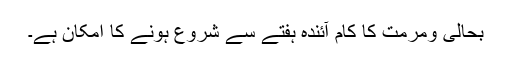
بحالی ومرمت کا کام آئندہ ہفتے سے شروع ہونے کا امکان ہے۔